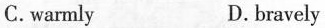
C. warmly D. bravely